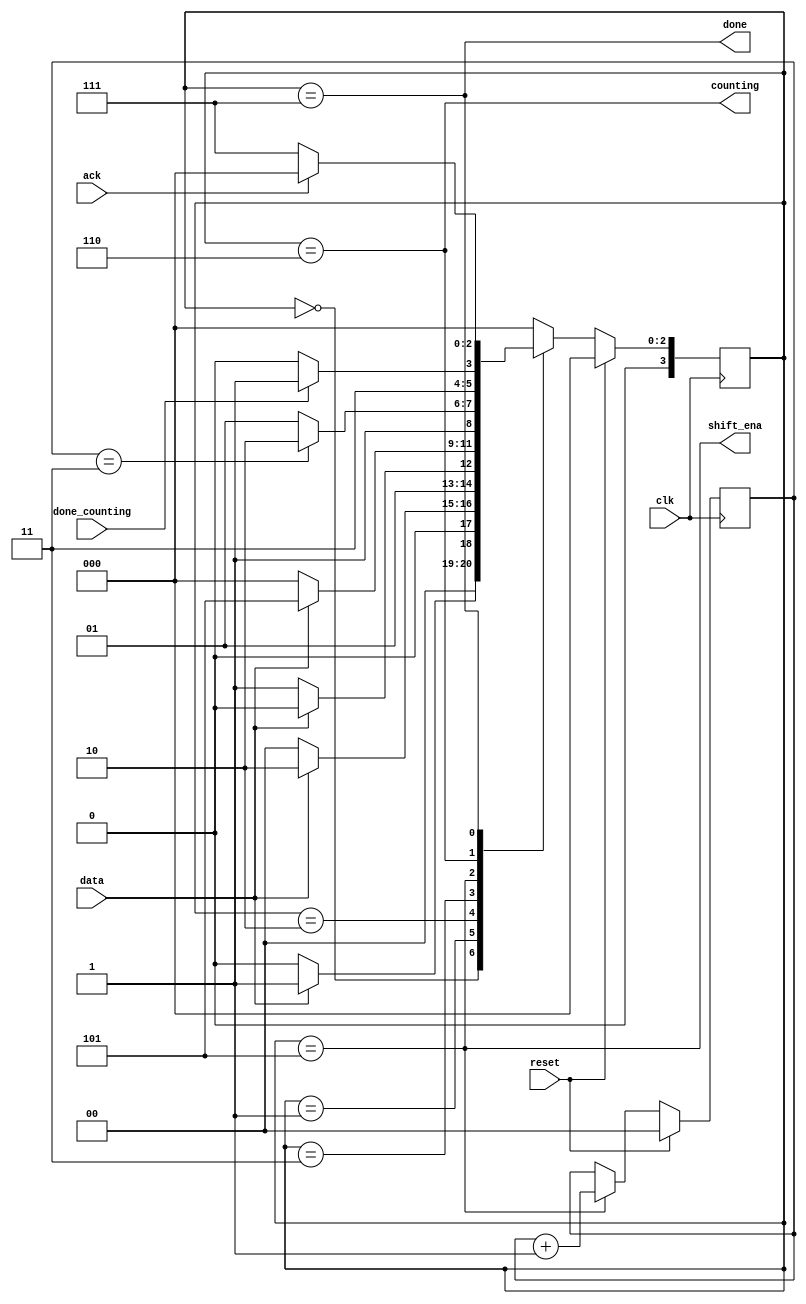
module top_module (
    input clk,
    input reset,      // Synchronous reset
    input data,
    output shift_ena,
    output counting,
    input done_counting,
    output done,
    input ack );
    
    reg [3 : 0] curr_state;
    reg [3 : 0] next_state;
    
    reg [1 : 0] cnt;
    
    parameter IDLE    = 4'd0;
    parameter S1      = 4'd1;
    parameter S11     = 4'd2;
    parameter S110    = 4'd3;
    parameter S1101   = 4'd4;
    parameter S_shift = 4'd5;
    parameter S_count = 4'd6;
    parameter S_done  = 4'd7;
    
    always@(posedge clk)
    begin
        if(reset)
            curr_state <= IDLE;
        else
            curr_state <= next_state;
    end
    
    always@(posedge clk)
    begin
        if(reset) begin
            cnt <= 2'd0;
        end
        else begin
            if(curr_state == S_shift)
                cnt <= cnt + 1'b1;
            else
                cnt <= cnt;
        end 
    end
    
    always@(*)
    begin
        case(curr_state)
            IDLE    : next_state = data ? S1      : IDLE;
            S1      : next_state = data ? S11     : IDLE;
            S11     : next_state = data ? S11     : S110;
            S110    : next_state = data ? S_shift : IDLE;
            //S1101   : next_state = S_shift;
            S_shift : next_state = (cnt == 2'b11) ? S_count : S_shift;
            S_count : next_state = done_counting  ? S_done  : S_count;
            S_done  : next_state = ack ? IDLE : S_done;
            default : next_state = IDLE;
        endcase
    end
    
    assign shift_ena = (curr_state == S_shift);
    assign counting  = (curr_state == S_count);
    assign done      = (curr_state == S_done );

endmodule